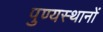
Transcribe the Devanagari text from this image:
पुण्यस्थानों